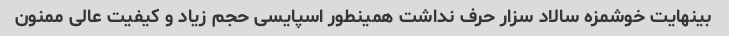
بینهایت خوشمزه سالاد سزار حرف نداشت همینطور اسپایسی حجم زیاد و کیفیت عالی ممنون